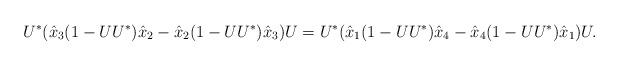
LaTeX: \begin{align*} U^*( \hat{x}_3 (1-UU^*) \hat{x}_2 - \hat{x}_2 (1-UU^*) \hat{x}_3 )U = U^*( \hat{x}_1 (1-UU^*) \hat{x}_4 - \hat{x}_4 (1-UU^*) \hat{x}_1 )U.\end{align*}